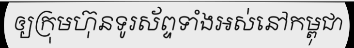
ឲ្យក្រុមហ៊ុនទូរស័ព្ទទាំងអស់នៅកម្ពុជា